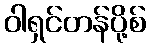
ဝါရှင်တန်ပို့စ်